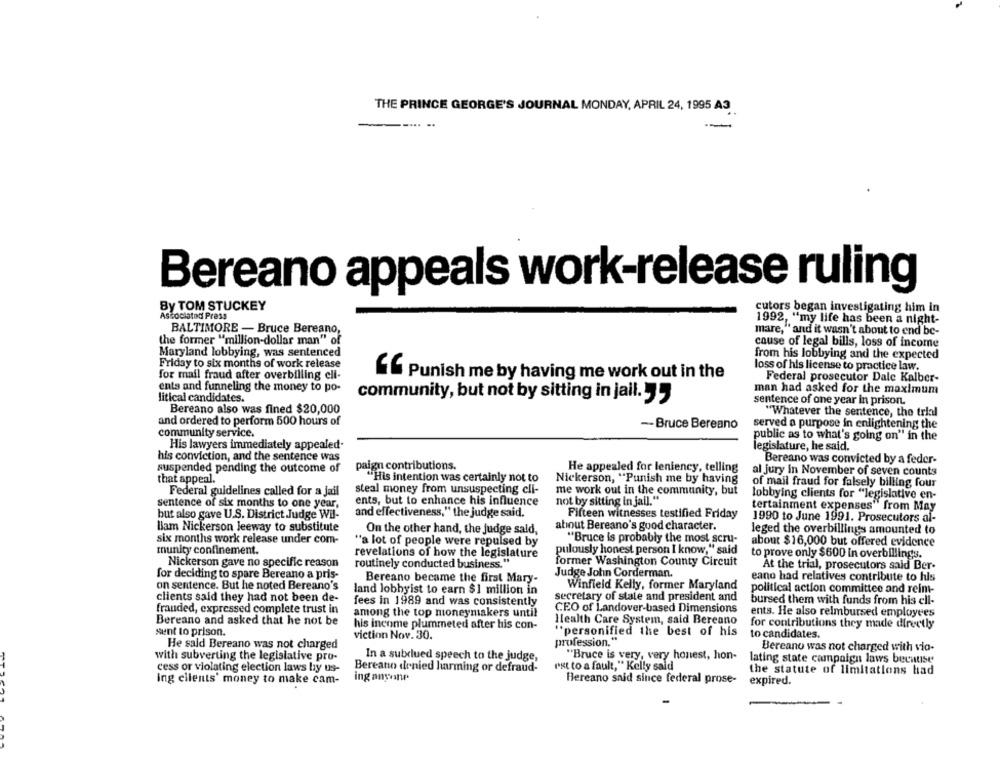
THE PRINCE GEORGE'S JOURNAL MONDAY, APRIL 24, 1995 A3
Bereano appeals work-release ruling
By TOM STUCKEY
cutors began investigating him in
Associated Press
1992, "my life has been a night-
BALTIMORE - Bruce Bereano,
mare," and it wasn't about to end be-
the former "million-dollar man" of
cause of legal bills, loss of income
Maryland lobbying, was sentenced
from his lobbying and the expected
Friday to six months of work release
loss of his license to practice law.
for mail fraud after overbilling ell-
Gf Punish me by having me work out in the
Federal prosecutor Dale Kalber-
ents and funneling the money to po-
man had asked for the maximum
litical candidates.
community, but not by sitting in jail.
sentence of one year in prison.
Bereano also was fined $20,000
"Whatever the sentence, the trial
and ordered to perform 500 hours of
-- Bruce Bereano
served a purpose in enlightening the
community service.
public as to what's going on" in the
His lawyers immediately appealed.
legislature, he said.
his conviction, and the sentence was
paign contributions.
Bereano was convicted by a feder-
suspended pending the outcome of
He appealed for leniency, telling
al jury In November of seven counts
that appeal.
"His intention was certainly not to
Nickerson, "Punish me by having
of mail fraud for falsely billing four
Federal guidelines called for a jail
steal money from unsuspecting cli-
me work out in the community, but
lobbying clients for "legislative en-
sentence of six months to one year,
ents, but to enhance his influence
not by sitting In jail."
tertainment expenses" from May
but also gave U.S. District Judge Wil-
and effectiveness," the judge said.
Fifteen witnesses testified Friday
1990 to June 1991. Prosecutors al-
about Bereano's good character.
liam Nickerson leeway to substitute
On the other hand, the judge sald,
leged the overbillings amounted to
six months work release under com-
"a lot of people were repulsed by
"Bruce is probably the most scru-
pulously honest person I know," said
about $16,000 but offered evidence
munity confinement.
revelations of how the legislature
to prove only $600 in overbillings.
Nickerson gave no specific reason
routinely conducted business."
former Washington County Circuit
At the trial, prosecutors sald Ber-
for deciding to spare Bereano a pris-
Bereano became the first Mary-
Judge John Corderman.
eano had relatives contribute to his
on sentence. But he noted Bereano's
Winfield Kelly, former Maryland
land lobbyist to earn $1 million in
political action committee and reim-
clients said they had not been de-
fees in 1989 and was consistently
secretary of state and president and
bursed them with funds from his ell-
frauded, expressed complete trust in
CEO of Landover-based Dimensions
among the top moneymakers until
ents. He also reimbursed employees
Bereano and asked that he not be
his income plummeted after his con-
Health Care System, said Bereano
for contributions they made directly
sent to prison.
"personified the best of his
viction Nov. 30.
profession."
to candidates.
He said Bereano was not charged
Bereano was not charged with vio-
with subverting the legislative pro-
"Bruce is very, very honest, hon-
In a subdued speech to the judge,
lating state campaign laws because
cess or violating election laws by us-
Bereano denied harming or defraud-
est to a fault," Kelly said
the statute of limitations had
ing anyone
ing clients' money to make cam-
Bereano said since federal prose-
expired.